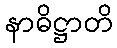
နာဓိဋ္ဌာတိ